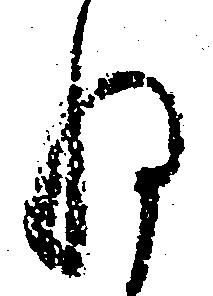
ね